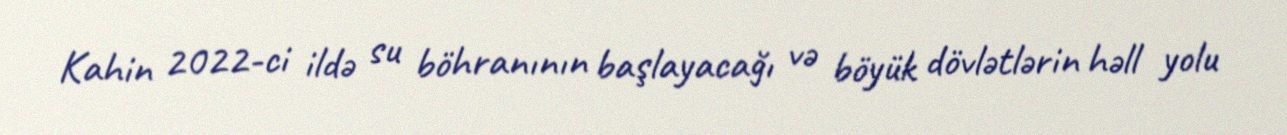
Kahin 2022-ci ildə su böhranının başlayacağı və böyük dövlətlərin həll yolu